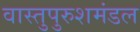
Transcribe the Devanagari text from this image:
वास्तुपुरुशमंडल